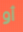
أو